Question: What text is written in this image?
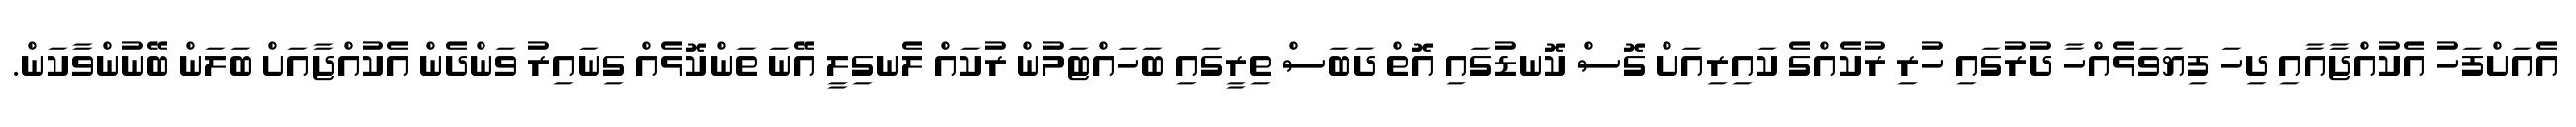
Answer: އެއަށްފަހު އެކުއްޖާއާއި ދިހަ ފިޔަވަޅެއްހާ ދުރުގައި ހުރި ރުކެއްގެ ކައިރިއަށް ގޮސް ކޮނޑުގައި އޮތް ދަބަސް ތިރީގައި ބަހައްޓަމުން ރުކައް ލެނގިލީ އޭނަ ތަންކޮޅެއް ގިނައިރު ވަންދެން އެކުއްޖާއަށް ބަލަން ބޭނުންވާކަން.